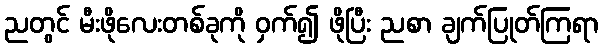
ညတွင် မီးဖိုလေးတစ်ခုကို ဝှက်၍ ဖိုပြီး ညစာ ချက်ပြုတ်ကြရာ